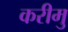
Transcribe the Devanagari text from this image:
करीमु